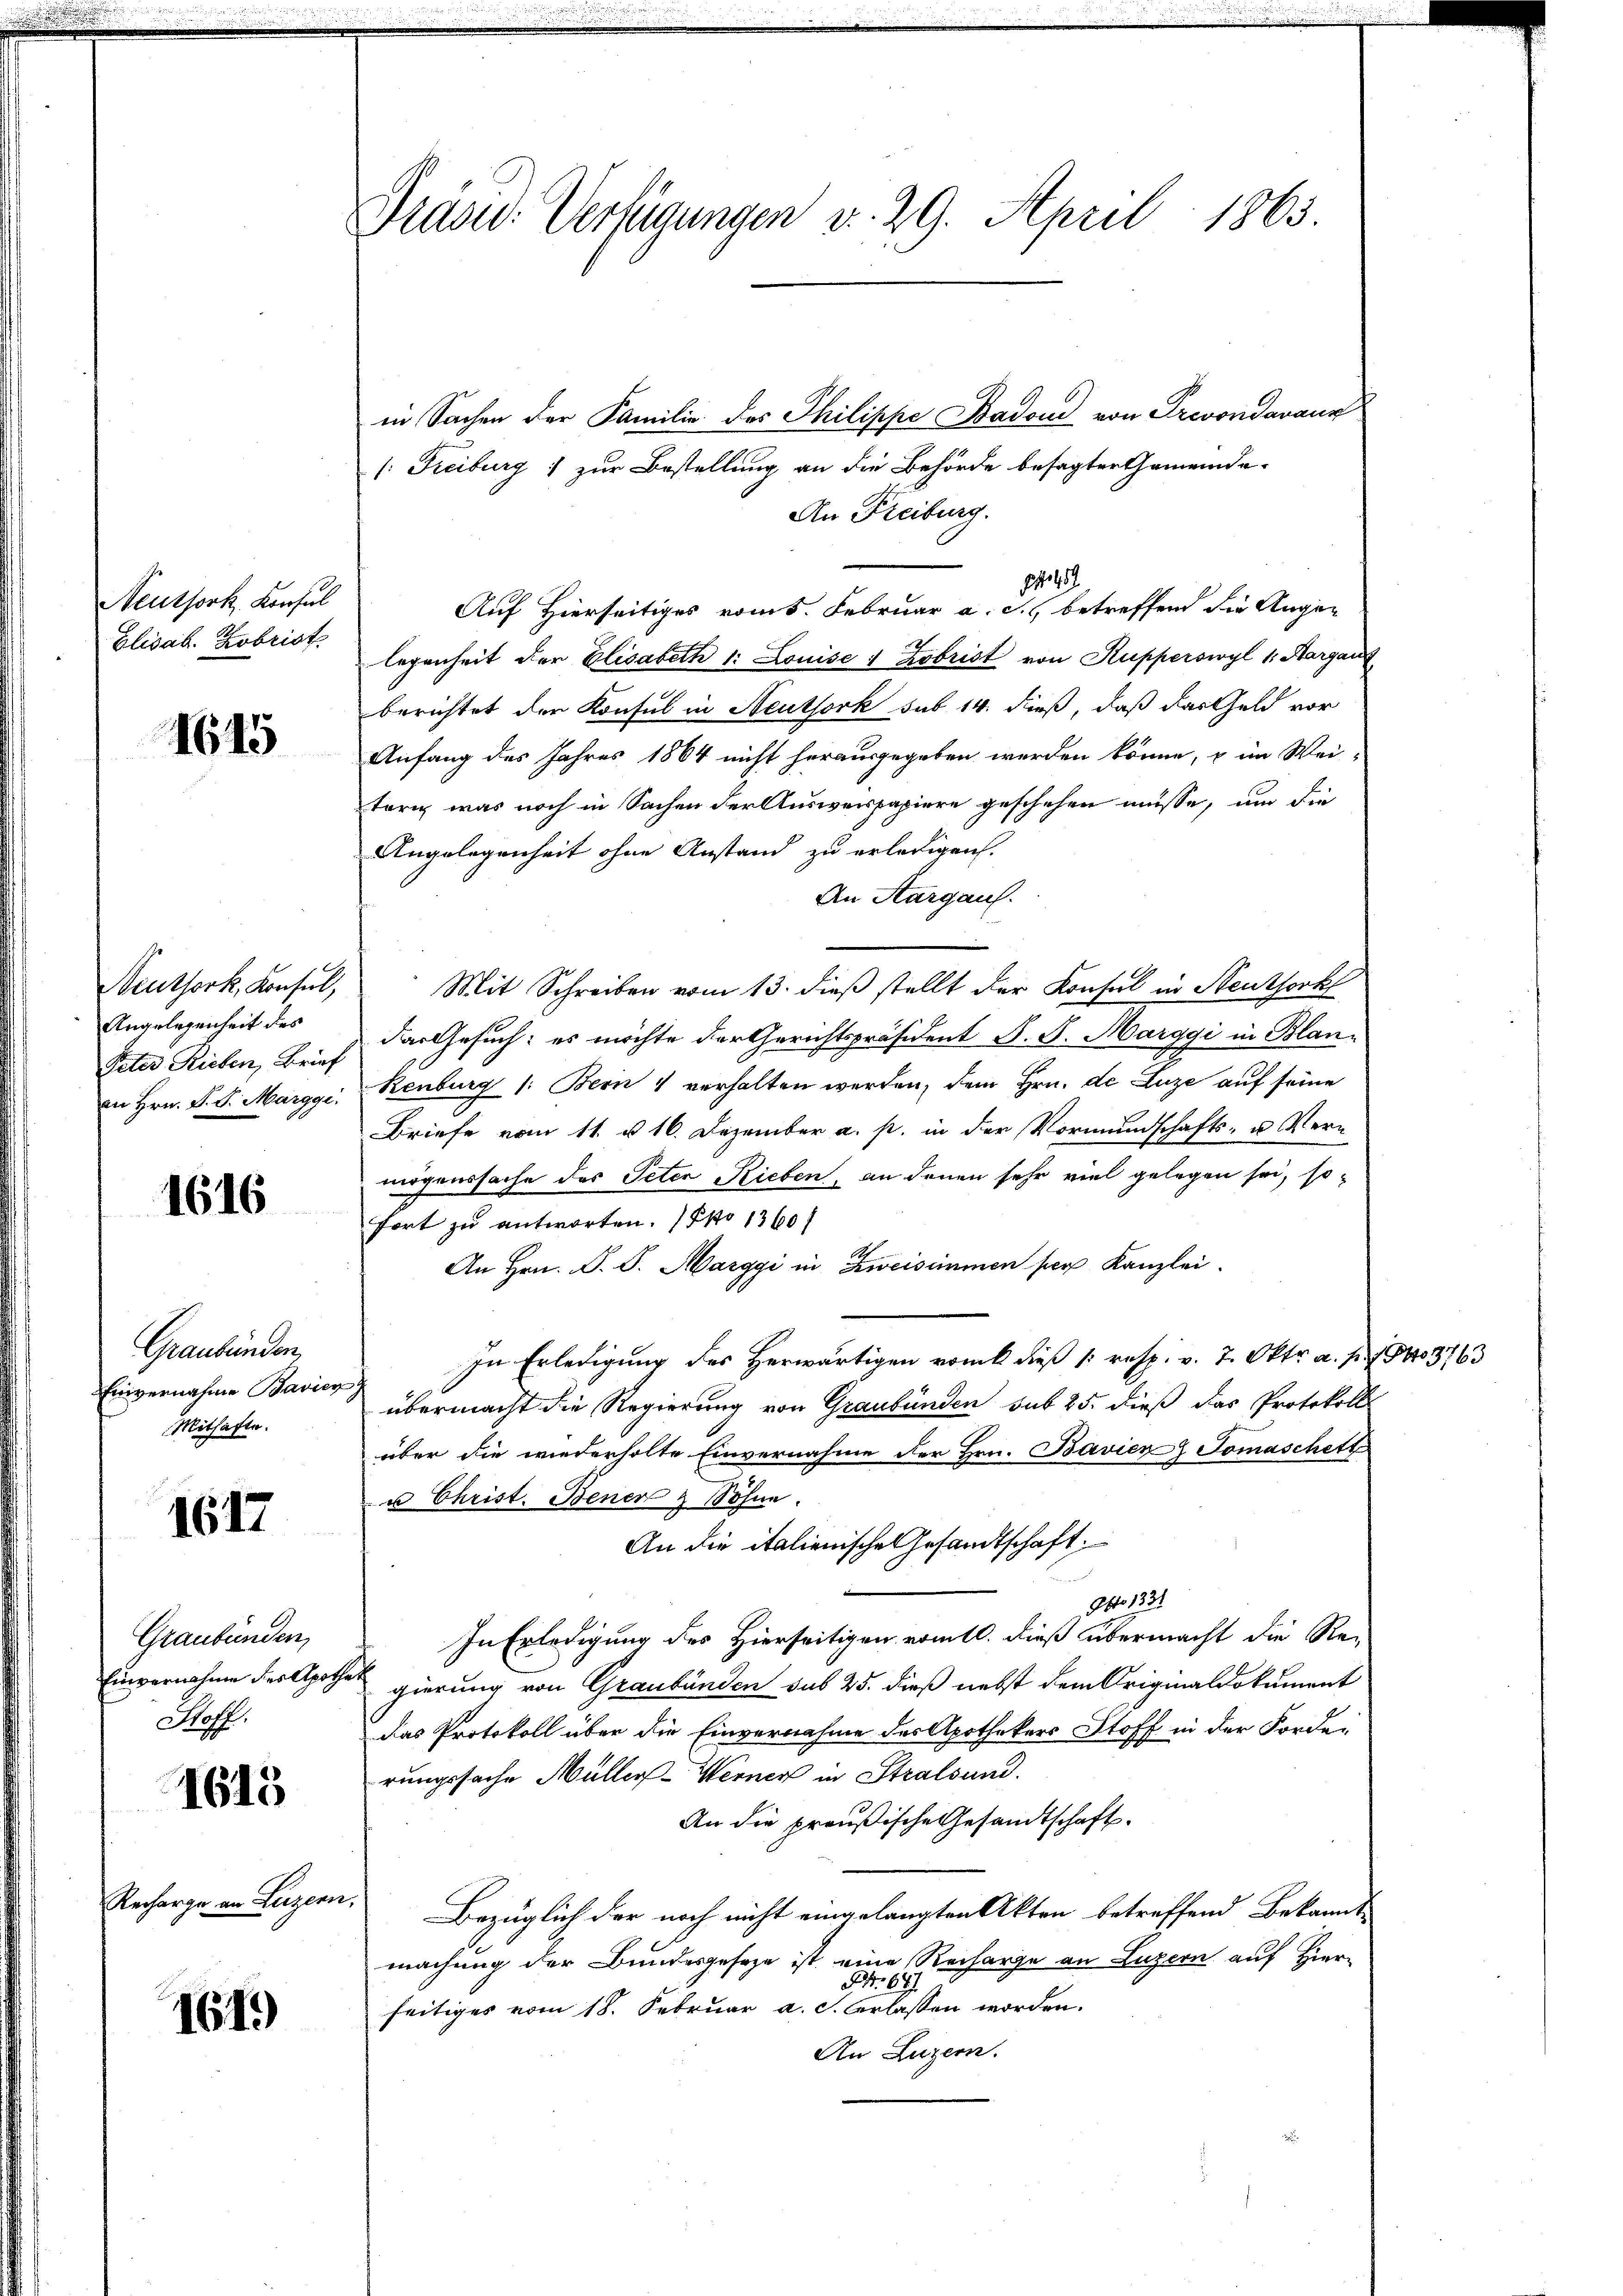
Neuthork, Konsul
Elisab. Kobrist.

1615

Neuthork, Konsul,
Angelegenheit des
Peter Rieben, Brief
an Hrn. S. S. Marggi.

1616

Graubünden,
Einvernahme Bavier
Mithafte.

1617

Graubünden,
Einvernahme des Apothe
Stoff.

1613

Recharge an Luzern

1619)

Präsid.: Verfügungen v. 29. April 1865

in Sachen der Familie des Philippe Badon von Prevondavaux
/: Freiburg 1 zur Bestellung an die Behörde besagter Gemeinde-
An Freiburg.
1457
Auf Hierseitiges vom 5. Februar a. c., betreffend die Angelegenheit der Elisabeth 1: Louise 1 Zobrist von Kupperswyl 1. Margau
berichtet der Konsul in Neuthork sub 14. dieß, daß das Geld vor
Anfang des Jahres 1864 nicht herausgegeben werden könne, u im Wei-
terig was noch in Sachen der Ausweispapiere geschehen müsse, um die
Angelegenheit ohne Anstand zu erledigen.
An Aargau.
Mit Schreiben vom 13. dieß stellt der Konsul in Neuthork
das Gesuch: es möchte der Gerichtspräsident J. J. Marggi in Blan¬
Renburg (: Bern & verhalten werden, dem Hrn. de Luze auf seine
Briefe vom 11. u 16. Dezember a. p. in der Vormundschafts- u Vermögenssache des Peter Rieben, an denen sehr viel gelegen sei, sofort zu antworten. (Pko 1360/
An Hrn. F. S. Marggi in Zweisimmen ser Kanzlei.
In Erledigung des Herwärtigen vom dieß /: resp. v. 7. Oktr. a. p. 18. 3763
übermacht die Regierung von Graubünden sub 25. dieß das Protokolls
über die wiederholte Einvernahme der Hrn. Bavien Tomaschett
u Christ. Bener & Söhne.
An die italienische Gesandtschaft.
e
Otto 1331
In Erledigung des Hierseitigen vom 10. dieß übermacht die Regierung von Graubünden sub 25. dieß nebst dem Originaldokument
das Protokoll über die Einvernahme des Apothekers Stoff in der Forde-
rungssache Müller-Werner in Stralsund.
An die preußische Gesandtschaft.
t
Bezüglich der noch nicht eingelangten Akten betreffend Bekannt
machung der Bundesgeseze ist eine Recharge an Luzern auf Hier¬
S. 687.
seitiges vom 18. Februar a. c. verlassen worden.
An Luzern.